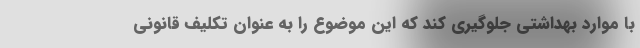
با موارد بهداشتی جلوگیری کند که این موضوع را به عنوان تکلیف قانونی